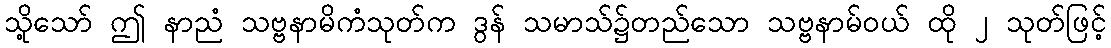
သို့သော် ဤ နာညံ သဗ္ဗနာမိကံသုတ်က ဒွန် သမာသ်၌တည်သော သဗ္ဗနာမ်ဝယ် ထို ၂ သုတ်ဖြင့်